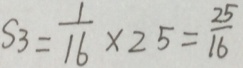
S _ { 3 } = \frac { 1 } { 1 6 } \times 2 5 = \frac { 2 5 } { 1 6 }